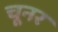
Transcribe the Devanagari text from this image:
चूनर